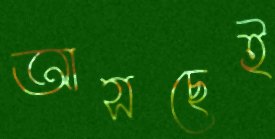
আসছেই